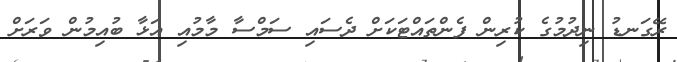
ރޭގަނޑު ނިދުމުގެ ކުރިން ފެންތައްޓަކަށް ދެސައި ސަމްސާ މާމުއި އަޅާ ބުއިމުން ވަރަށް